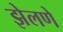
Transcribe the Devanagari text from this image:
झेलणे